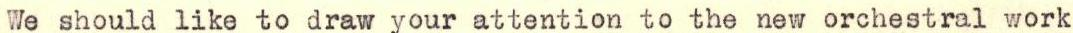
We should like to draw your attention to the new orchestral work